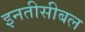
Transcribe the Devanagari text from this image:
इनतीसीबल